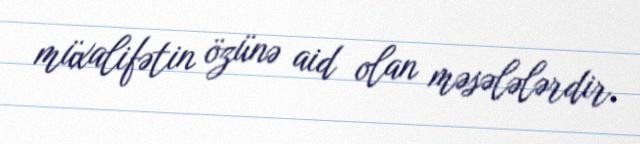
müxalifətin özünə aid olan məsələlərdir.